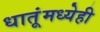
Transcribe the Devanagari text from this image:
धातूंमध्येही